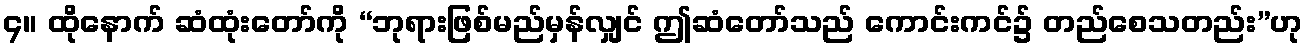
၄။ ထိုနောက် ဆံထုံးတော်ကို “ဘုရားဖြစ်မည်မှန်လျှင် ဤဆံတော်သည် ကောင်းကင်၌ တည်စေသတည်း”ဟု